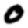
Digit: 0